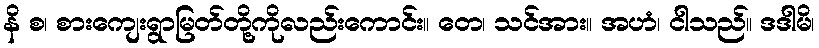
နိ စ၊ စားကျေးရွာမြတ်တို့ကိုလည်းကောင်း။ တေ၊ သင်အား။ အဟံ၊ ငါသည်။ ဒဒါမိ၊